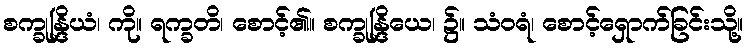
စက္ခုန္ဒြိယံ၊ ကို။ ရက္ခတိ၊ စောင့်၏။ စက္ခုန္ဒြိယေ၊ ၌။ သံဝရံ၊ စောင့်ရှောက်ခြင်းသို့။